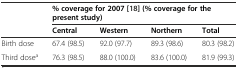
<table><thead><tr><td rowspan="2"></td><td colspan="4"><b>% coverage for 2007 [18] (% coverage for the present study)</b></td></tr><tr><td><b>Central</b></td><td><b>Western</b></td><td><b>Northern</b></td><td><b>Total</b></td></tr></thead><tbody><tr><td>Birth dose</td><td>67.4 (98.5)</td><td>92.0 (97.7)</td><td>89.3 (98.6)</td><td>80.3 (98.2)</td></tr><tr><td>Third dose<sup>a</sup></td><td>76.3 (98.5)</td><td>88.0 (100.0)</td><td>83.6 (100.0)</td><td>81.9 (99.3)</td></tr></tbody></table>